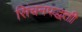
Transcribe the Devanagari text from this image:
सिंचनपद्धती